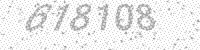
Solution: 618108